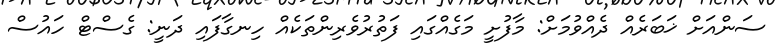
ސަންއަށް ޚަބަރެއް ދެއްވުމަށް: މާފުށީ މަގެއްގައި ފަތުރުވެރިންތަކެއް ހިނގާފައި ދަނީ: ގެސްޓް ހައުސް